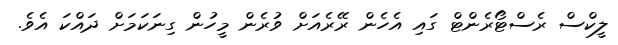
ލީކްސް ރެސްޓޯރެންޓް ގައި އެހެން ރޭރެއަށް ވުރެން މީހުން ގިނަކަމަށް ދައްކަ އެވެ.